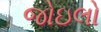
જોઇલો